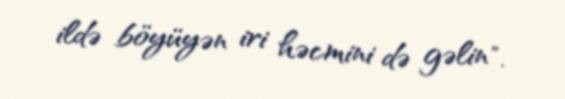
ildə böyüyən iri həcmini də gəlin".